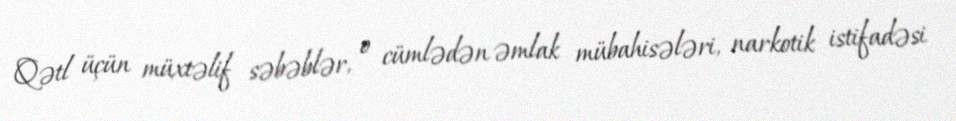
Qətl üçün müxtəlif səbəblər, o cümlədən əmlak mübahisələri, narkotik istifadəsi